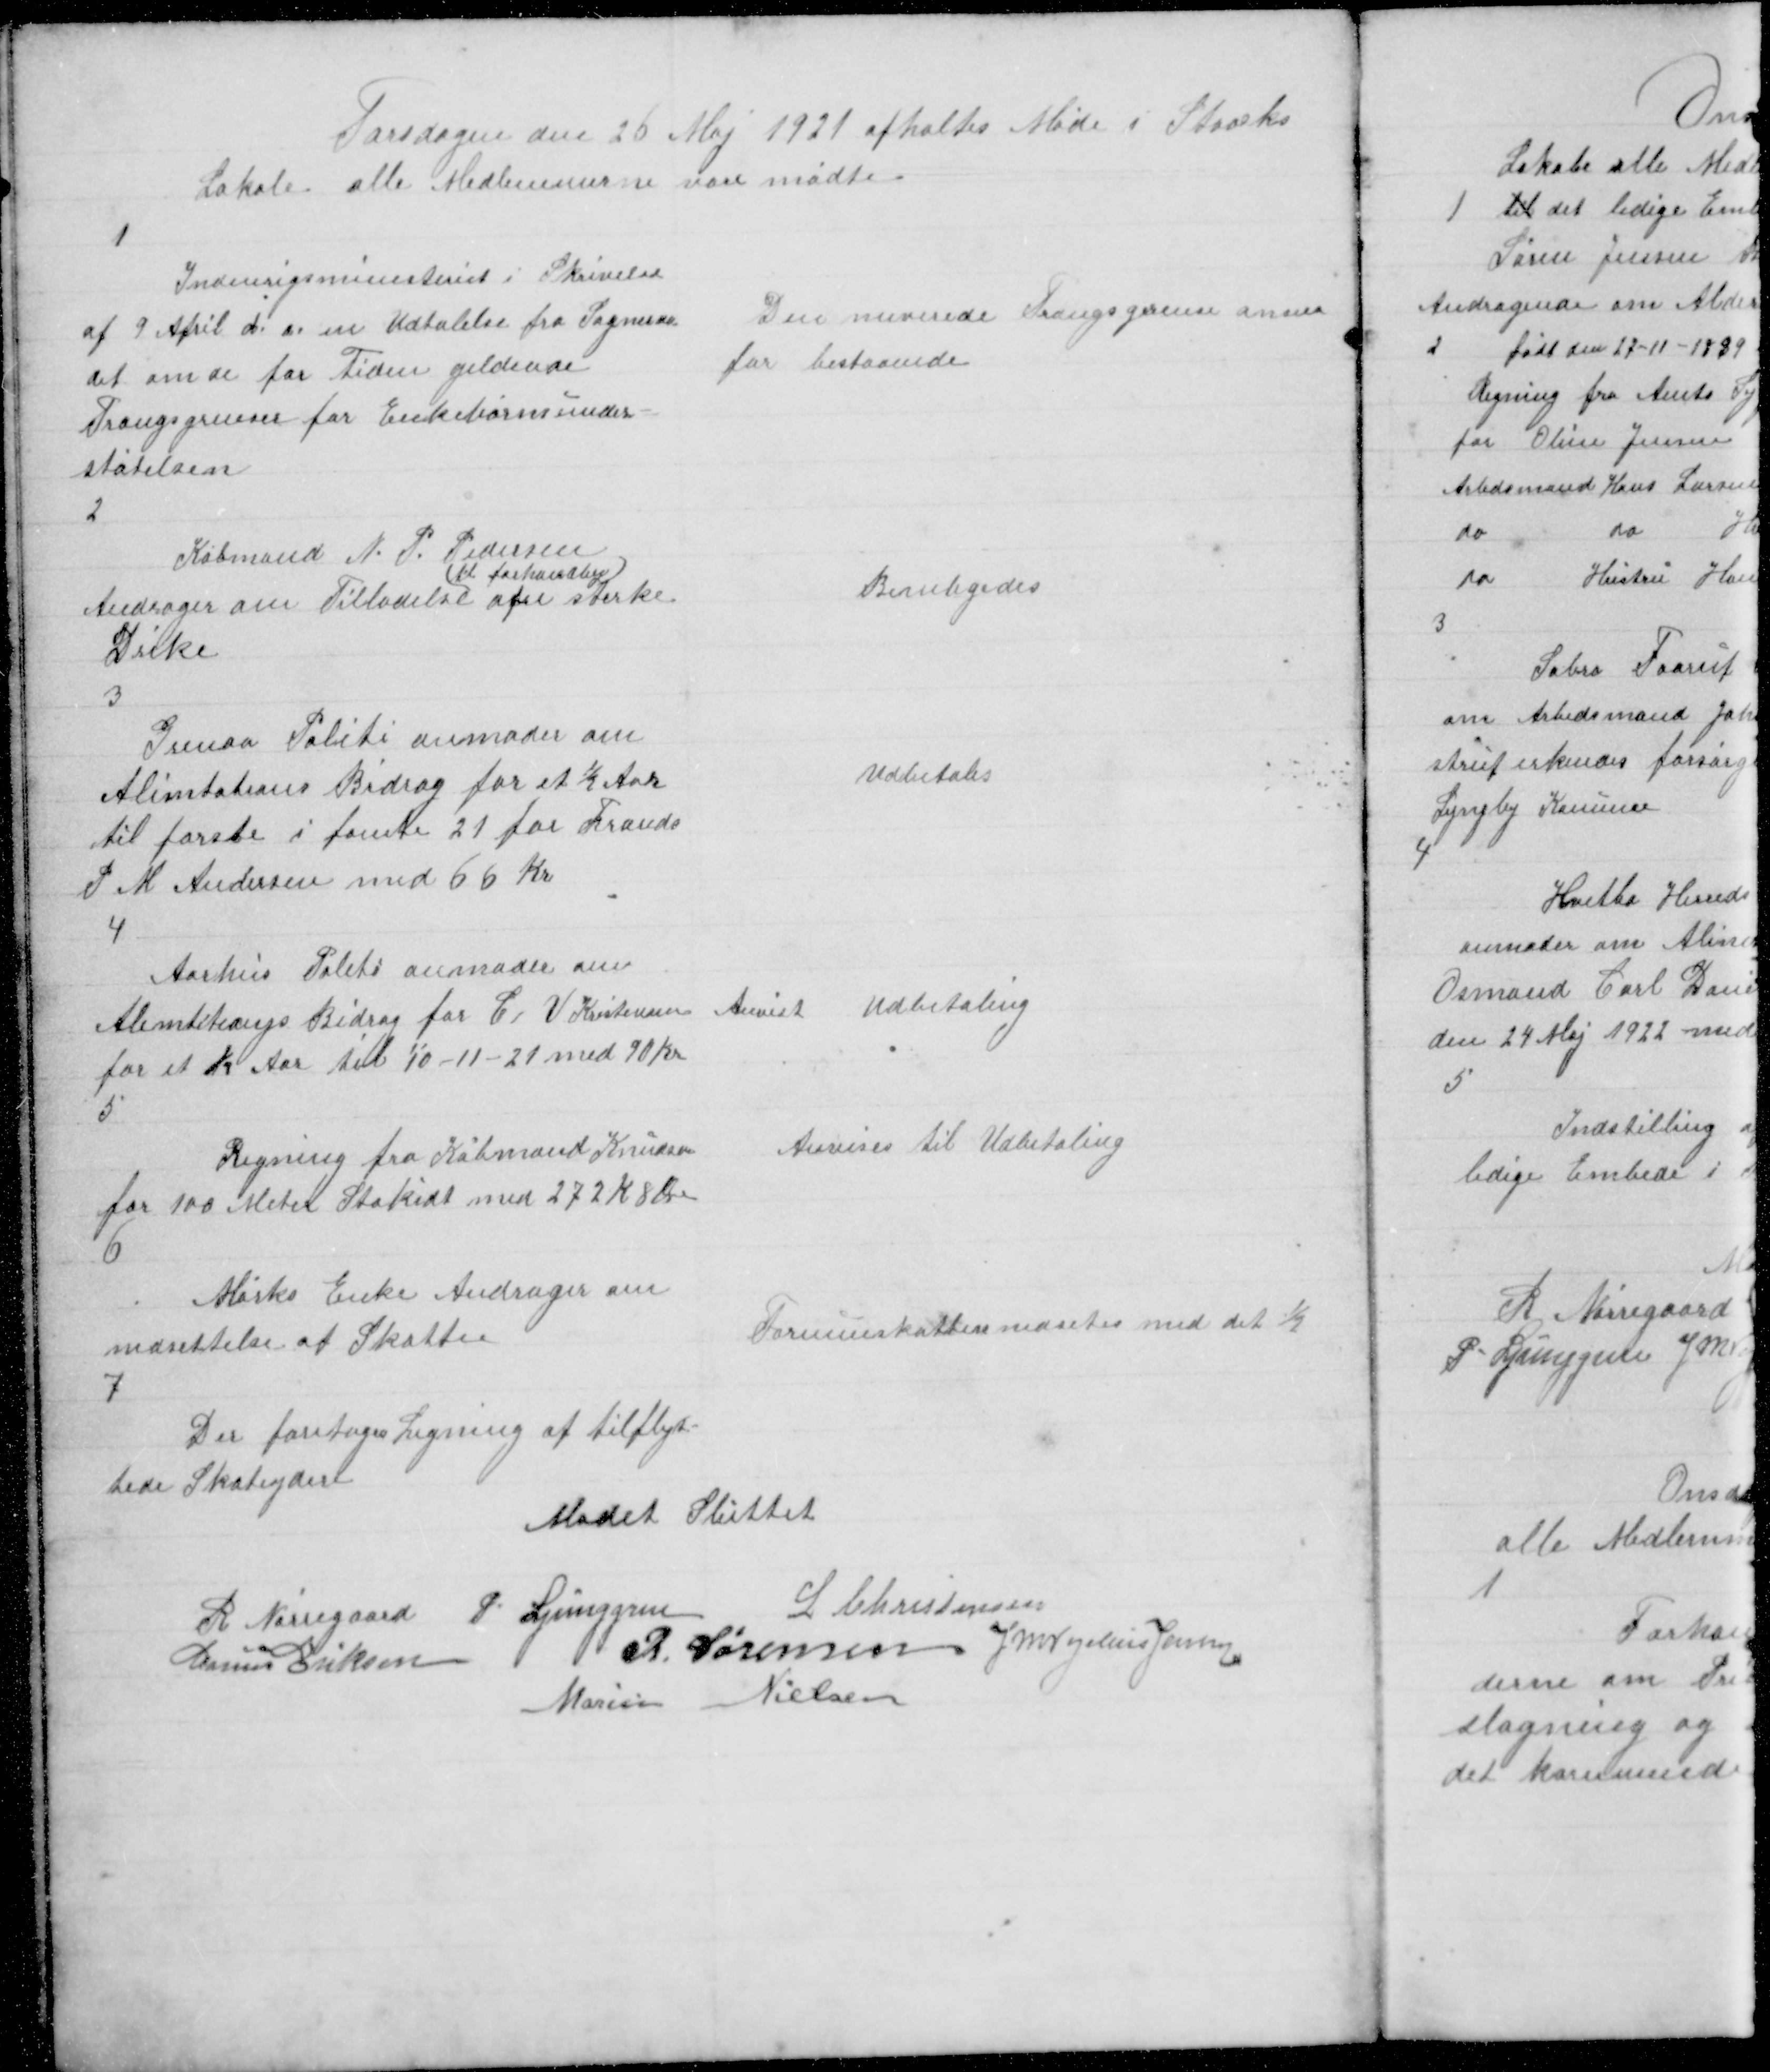
Transskription:
Torsdagen den 26 Maj 1921 afholtes Møde i Staacks
Lokale alle Medlemmerne vare mødte.

1

Indenrigsministeriet i Skrivelse
af 9 April d. a. en Udtalelse fra Sogneraa
det om de for Tiden geldende
Trangsgrenser for Enkebørnsunder
støtelsen

Den nuværende Trangsgrense anses
for bestaaende

2

Købmand N. P. Pedersen
Andrager om Tilladelse
(til forhandling)
af sterke
Drike

Beviligedes

3

Grenaa Politi anmoder om
Alimtations Bidrag for et ½ Aar
til første i femte 21 for Frands
P M Andersen med 66 Kr

Udbetales

4

Aarhus Politi anmoder om
Alimtetiongs Bidrag for C V Kristensen
for et ½ Aar til 10 - 11 - 21 med 90 Kr

Anvist Udbetaling

5

Regning fra Købmand Knudsen
for 100 Meter Stakidt med 272 K 8 Øre

Anvises til Udbetaling

6

Mørks Enke Andrager om
nedsettelse af Skatten

Formueskatten nedsetes med det ½

7

Der foretoges Ligning af tilflyt
tede Skateydere
Mødet sluttet

R Nørregaard
P. Ljunggren
L Christensen
Marius Eriksen
R. Sørensen J M Vogelius Jensen
Marius Eriksen